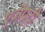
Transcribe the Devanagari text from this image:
एजेप्टी